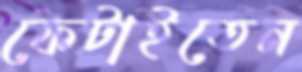
ফেটাইতেন